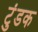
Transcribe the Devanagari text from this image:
टुंडक